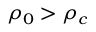
\rho _ { 0 } > \rho _ { c }